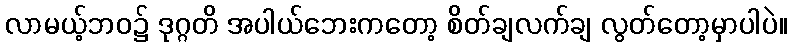
လာမယ့်ဘဝ၌ ဒုဂ္ဂတိ အပါယ်ဘေးကတော့ စိတ်ချလက်ချ လွတ်တော့မှာပါပဲ။